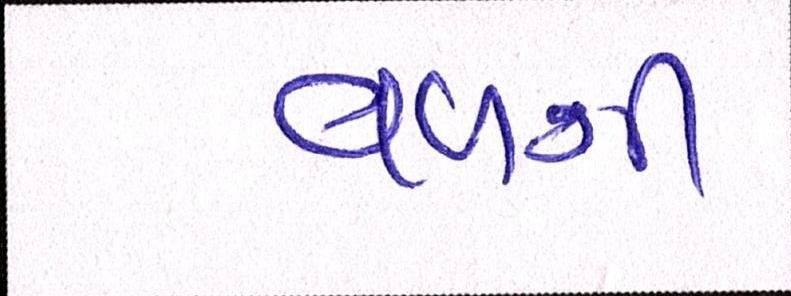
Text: વળગી